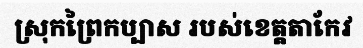
ស្រុកព្រៃកប្បាស របស់ខេត្តតាកែវ